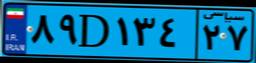
۸۹D۱۳۴۲۷